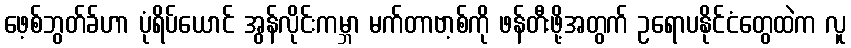
ဖေ့စ်ဘွတ်ခ်ဟာ ပုံရိပ်ယောင် အွန်လိုင်းကမ္ဘာ မက်တာဗာ့စ်ကို ဖန်တီးဖို့အတွက် ဥရောပနိုင်ငံတွေထဲက လူ